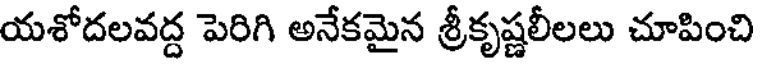
యశోదలవద్ద పెరిగి అనేకమైన శ్రీకృష్ణలీలలు చూపించి